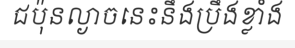
ជប៉ុនល្ងាចនេះនឹងប្រឹងខ្លាំង